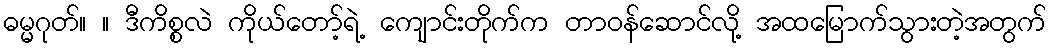
ဓမ္မဂုတ်။ ။ ဒီကိစ္စလဲ ကိုယ်တော့်ရဲ့ ကျောင်းတိုက်က တာဝန်ဆောင်လို့ အထမြောက်သွားတဲ့အတွက်